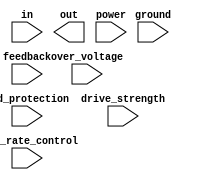
module schmitt_buffer (
    input wire in,
    output reg out,
    input wire power,
    input wire ground,
    input wire feedback,
    input wire over_voltage,
    input wire slew_rate_control,
    input wire esd_protection,
    input wire drive_strength
);

reg internal_out;

always @ (posedge power or negedge ground) begin
    if (power && !ground) begin
        // Buffer operation
        // Schmitt trigger logic
        // Hysteresis loop
        // Feedback mechanism
        // Protection circuitry
        // Additional features
    end
end

assign out = internal_out;

endmodule